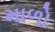
માળો